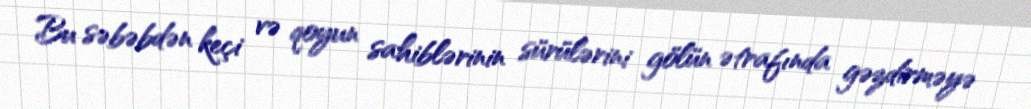
Bu səbəbdən keçi və qoyun sahiblərinin sürülərini gölün ətrafında gəzdirməyə